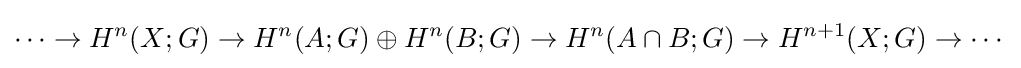
\cdots \to H^{n}(X;G)\to H^{n}(A;G)\oplus H^{n}(B;G)\to H^{n}(A\cap B;G)\to H^{n+1}(X;G)\to \cdots